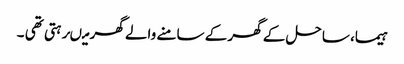
ہیما، ساحل کے گھر کے سامنے والے گھر میںرہتی تھی ۔